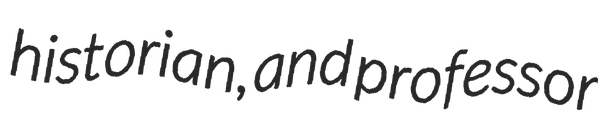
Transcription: historian, and professor